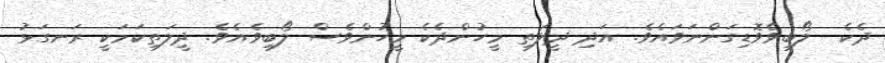
ދެކެ  ލޯބިވެވޮޑިގަންނަވައެވެ. އަދި ދީލަތި މީހުންދެކެ މީހުންވެސް ލޯބިވެއެވެ. ދީލަތިކަމަކީ ރަނގަޅު